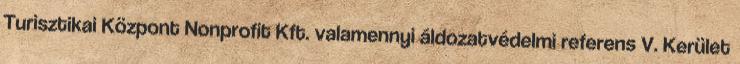
Turisztikai Központ Nonprofit Kft. valamennyi áldozatvédelmi referens V. Kerület